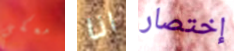
معكي انا إختصار